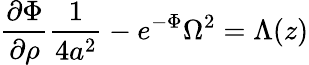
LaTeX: \frac{\partial\Phi}{\partial\rho}\frac{1}{4a^{2}}-e^{-\Phi}\Omega^{2}=\Lambda(z)